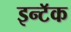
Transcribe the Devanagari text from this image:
इन्टॅक